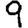
Digit: 9